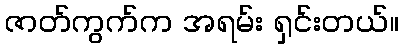
ဇာတ်ကွက်က အရမ်း ရှင်းတယ်။